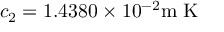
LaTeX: c _ { 2 } = 1 . 4 3 8 0 \times 1 0 ^ { - 2 } { \mathrm { m � K } }